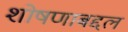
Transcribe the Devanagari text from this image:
शोषणाबद्दल